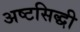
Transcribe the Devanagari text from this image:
अष्टसिद्धी